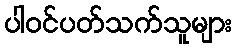
ပါဝင်ပတ်သက်သူများ